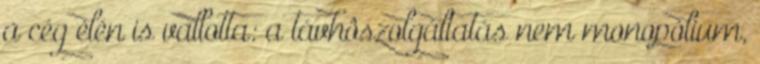
a cég élén is vallotta: a távhôszolgáltatás nem monopólium,